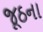
જૂઠના